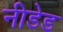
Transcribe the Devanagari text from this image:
नीडेड